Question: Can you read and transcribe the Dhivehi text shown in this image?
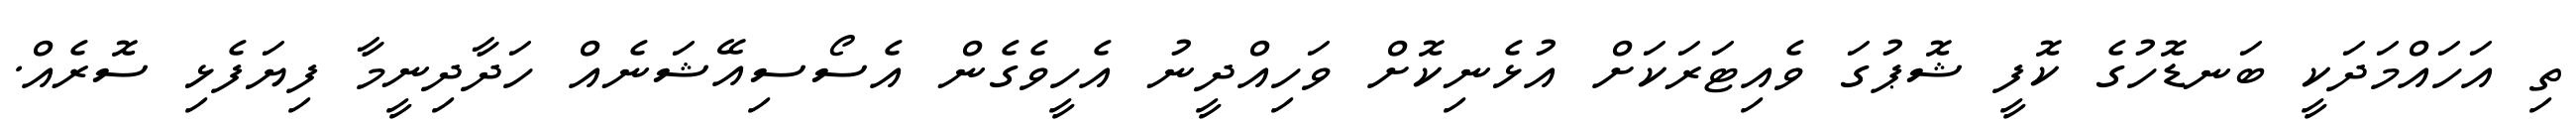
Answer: ތި އަހައްމަދަކީ ބަނޑޮހުގެ ކޮފީ ޝޮޕުގަ ވެއިޓަރަކަށް އުޅެނިކޮށް ވަހިއްދީނު އެހީވެގެން އެސޯސިއޭޝަނެއް ހަދާދިނީމާ ފިޔަފެޅި ސޮރެއް.